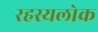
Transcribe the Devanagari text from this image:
रहस्यलोक